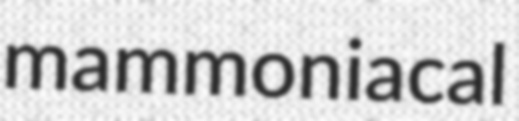
mammoniacal